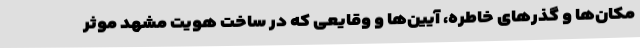
مکان‌ها و گذرهای خاطره، آیین‌ها و وقایعی که در ساخت هویت مشهد موثر